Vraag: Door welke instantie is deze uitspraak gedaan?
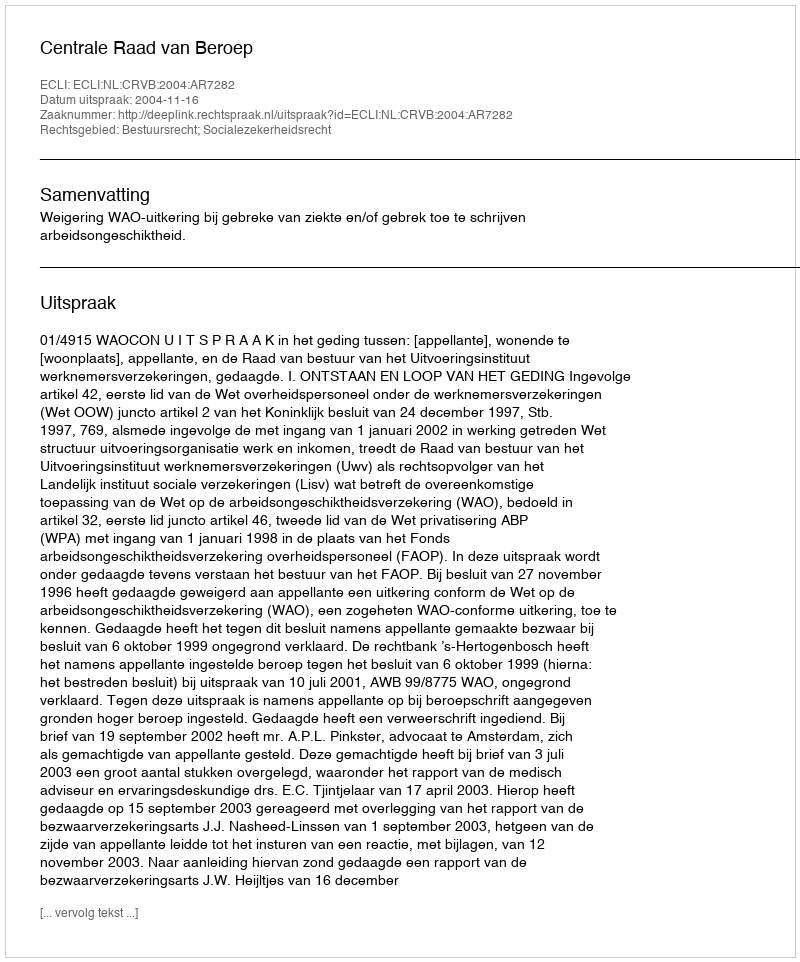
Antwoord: Centrale Raad van Beroep